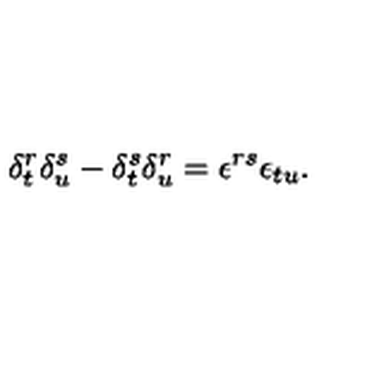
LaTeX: \delta _ { t } ^ { r } \delta _ { u } ^ { s } - \delta _ { t } ^ { s } \delta _ { u } ^ { r } = \epsilon ^ { r s } \epsilon _ { t u } .